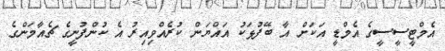
އެމްޓީސީސީގެ އެމްޑީ އަކަށް އާ ބޭފުޅަކު އައްޔަން ކުރެއްވިއިރު އެ ކުންފުނީގެ ޗެއާމަންގެ